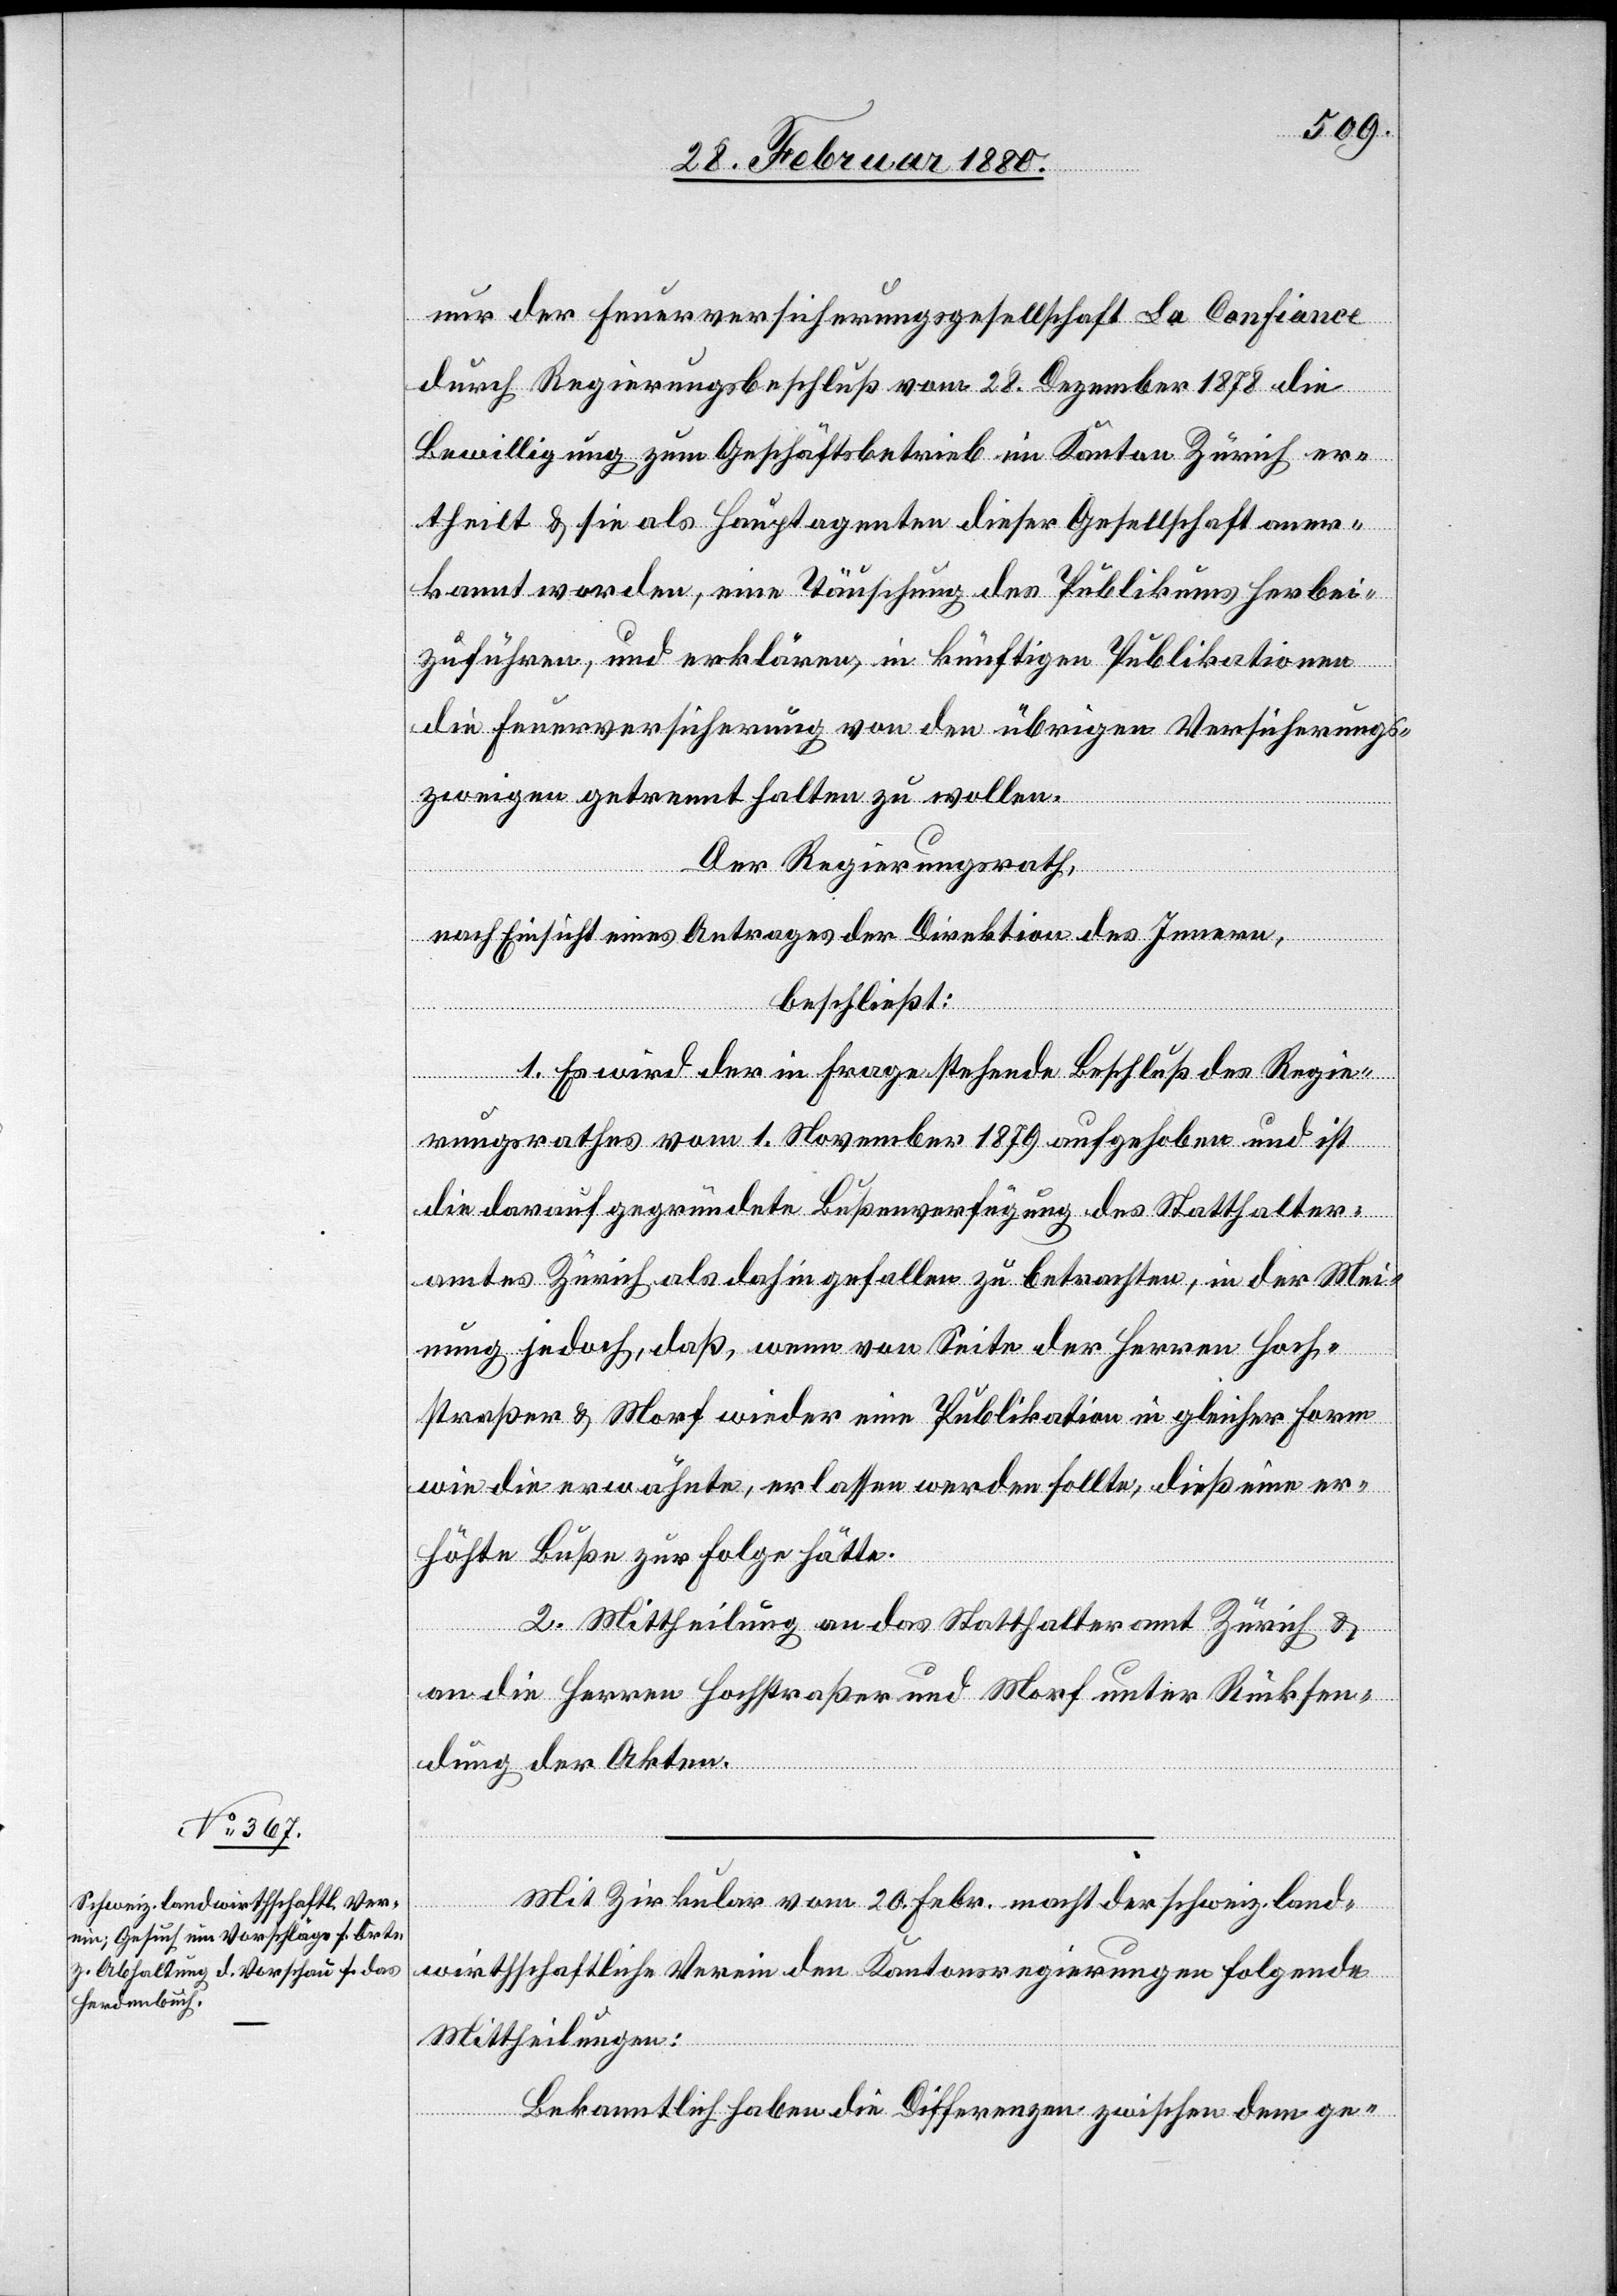
nur der Feuerversicherungsgesellschaft La Confiance
durch Regierungsbeschluß vom 28. Dezember 1878 die
Bewilligung zum Geschäftsbetrieb im Kanton Zürich er¬
theilt & sie als Hauptagenten dieser Gesellschaft aner¬
kannt worden, eine Täuschung des Publikums herbei¬
zuführen, und erklären, in künftigen Publikationen
die Feuerversicherung von den übrigen Versicherungs¬
zweigen getrennt halten zu wollen.
Der Regierungsrath,
nach Einsicht eines Antrages der Direktion des Innern,
beschließt:
1. Es wird der in Frage stehende Beschluß des Regie¬
rungsrathes vom 1. November 1879 aufgehoben und ist
die darauf gegründete Bußenverfügung des Statthalter¬
amtes Zürich als dahin gefallen zu betrachten, in der Mei¬
nung jedoch, daß, wenn von Seite der Herren Hoch¬
straßer & Morf wieder eine Publikation in gleicher Form
wie die erwähnte, erlassen werden sollte, dieß eine er¬
höhte Buße zur Folge hätte.
2. Mittheilung an das Statthalteramt Zürich &
an die Herren Hochstraßer und Morf unter Rücksen¬
dung der Akten.
Mit Zirkular vom 20. Febr. macht der schweiz. land¬
wirthschaftliche Verein den Kantonsregierungen folgende
Mittheilungen:
Bekanntlich haben die Differenzen zwischen dem ge-